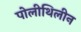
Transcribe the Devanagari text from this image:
पोलीथिलीन